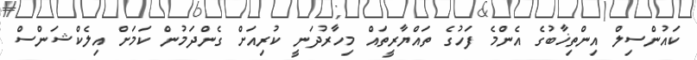
ކައުންސިލް އިންތިޚާބުގެ އެންމެ ފަހުގެ ތައްޔާރީތައް މިހާރުދަނީ ކުރިއަށް ގެންދަމުން ކަމަށް އިލެކްޝަންސް